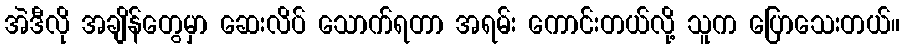
အဲဒီလို အချိန်တွေမှာ ဆေးလိပ် သောက်ရတာ အရမ်း ကောင်းတယ်လို့ သူက ပြောသေးတယ်။